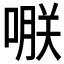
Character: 𠹻